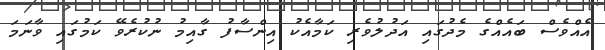
އެއްވެސް ބައެއްގެ މެދުގައި އަދުލުވެރި ކަމާއެކު އިންސާފު ގާއިމު ނުކުރެވޭ ކަމުގައި ވާނަމަ